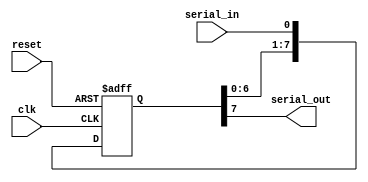
module siso_shift_register (
    input wire clk,
    input wire reset,
    input wire serial_in,
    output reg serial_out
);

reg [7:0] shift_reg;

always @ (posedge clk or posedge reset) begin
    if (reset) begin
        shift_reg <= 8'b0;
    end else begin
        shift_reg <= {shift_reg[6:0], serial_in};
    end
end

assign serial_out = shift_reg[7];

endmodule